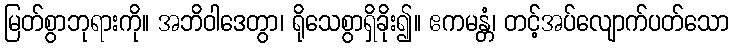
မြတ်စွာဘုရားကို။ အဘိဝါဒေတွာ၊ ရိုသေစွာရှိခိုး၍။ ဧကမန္တံ၊ တင့်အပ်လျောက်ပတ်သော